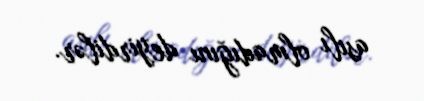
asılı olmadığını deyirdilər.